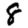
Digit: 8